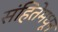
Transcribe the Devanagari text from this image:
संहितेमधून